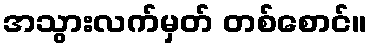
အသွားလက်မှတ် တစ်စောင်။